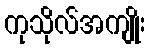
ကုသိုလ်အကျိုး